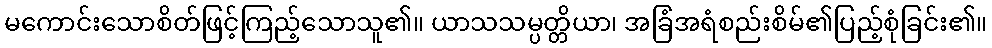
မကောင်းသောစိတ်ဖြင့်ကြည့်သောသူ၏။ ယာသသမ္ပတ္တိယာ၊ အခြံအရံစည်းစိမ်၏ပြည့်စုံခြင်း၏။